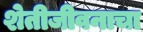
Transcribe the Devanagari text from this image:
शेतीजीवनाचा